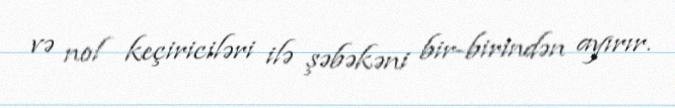
və nol keçiriciləri ilə şəbəkəni bir-birindən ayırır.